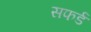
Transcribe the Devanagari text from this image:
सफर्ड